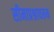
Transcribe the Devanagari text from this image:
सीमाप्रश्नावरून